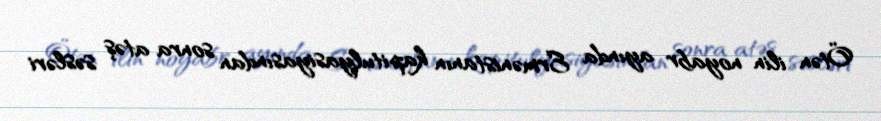
Ötən ilin noyabr ayında Ermənistanın kapitulyasiyasından sonra atəş səsləri